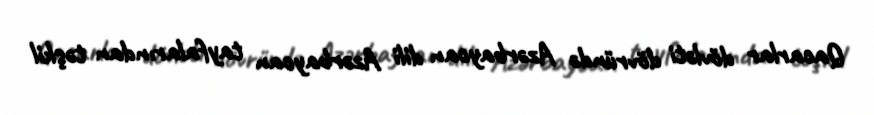
Qacarlar dövləti dövründə Azərbaycan dili Azərbaycan tayfalarından təşkil